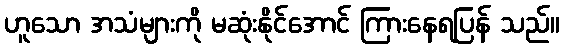
ဟူသော အသံများကို မဆုံးနိုင်အောင် ကြားနေရပြန် သည်။